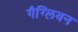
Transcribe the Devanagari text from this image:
गैग्लियन